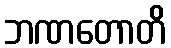
ဘဏတောတိ